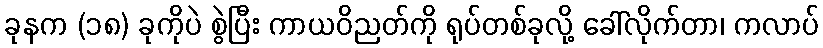
ခုနက (၁၈) ခုကိုပဲ စွဲပြီး ကာယဝိညတ်ကို ရုပ်တစ်ခုလို့ ခေါ်လိုက်တာ၊ ကလာပ်